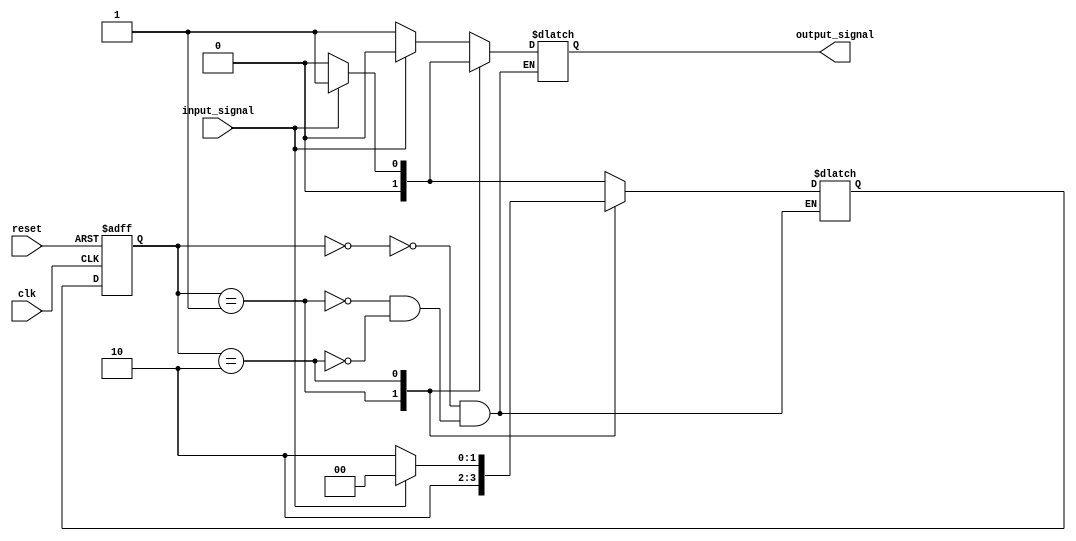
module mealy_state_machine (
  input clk,
  input reset,
  input input_signal,
  output reg output_signal
);

// Define states
parameter S0 = 2'b00;
parameter S1 = 2'b01;
parameter S2 = 2'b10;

// Define state register
reg [1:0] state, next_state;

always @(posedge clk or posedge reset) begin
  if (reset) begin
    state <= S0;
  end else begin
    state <= next_state;
  end
end

// Define state transitions and output logic
always @(*) begin
  case(state)
    S0: begin
      if (input_signal) begin
        next_state = S1;
        output_signal = 1'b0;
      end else begin
        next_state = S0;
        output_signal = 1'b1;
      end
    end

    S1: begin
      next_state = S2;
      output_signal = 1'b0;
    end

    S2: begin
      if (input_signal) begin
        next_state = S0;
        output_signal = 1'b1;
      end else begin
        next_state = S2;
        output_signal = 1'b0;
      end
    end
  endcase
end

endmodule